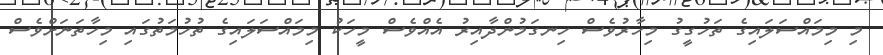
މި މިމައްސަލައިގެ ތަހުގީގު މިހާރުވެސް ހިނގަމުންދާއިރު އެއްވެސް މީހަކު މިމައްސަލައިގެ ތުހުމަތުގައި މިހާތަނަށްވެސް